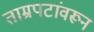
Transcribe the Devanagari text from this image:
ताम्रपटांवरून